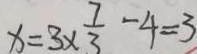
x = 3 \times \frac { 7 } { 3 } - 4 = 3